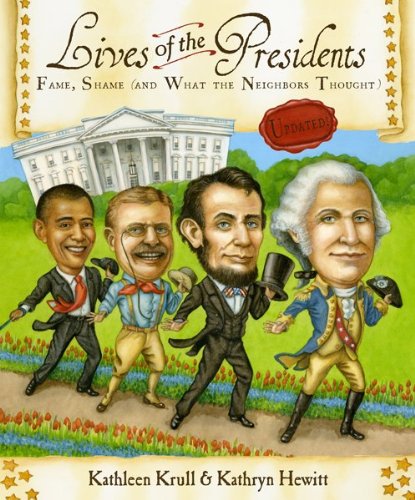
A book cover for Lives of the Presidents: Fame, Shame (and What the Neighbors Thought); Kathleen Krull; Children's Books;